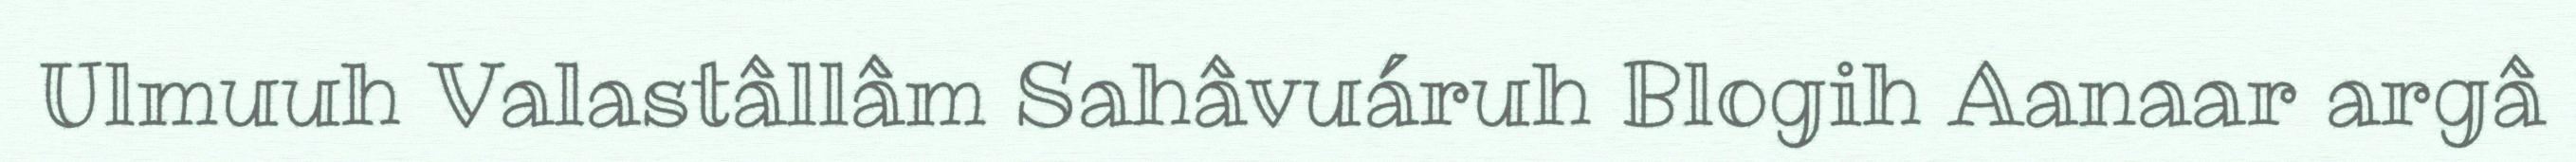
Ulmuuh Valastâllâm Sahâvuáruh Blogih Aanaar argâ